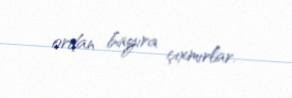
ordan bayıra çıxmırlar.